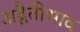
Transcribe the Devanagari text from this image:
अद्वैतीभाव